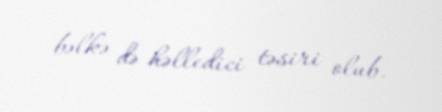
bəlkə də həlledici təsiri olub.